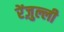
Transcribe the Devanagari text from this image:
रेंज़ुल्ली